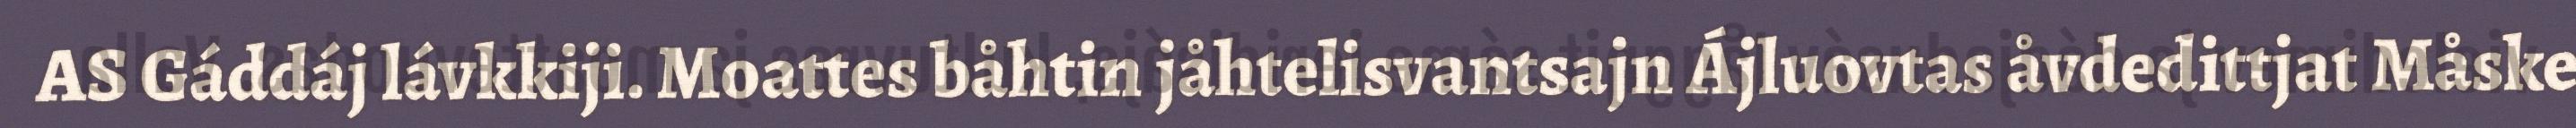
AS Gáddáj lávkkiji. Moattes båhtin jåhtelisvantsajn Ájluovtas åvdedittjat Måske